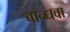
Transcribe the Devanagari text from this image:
बान्धवा